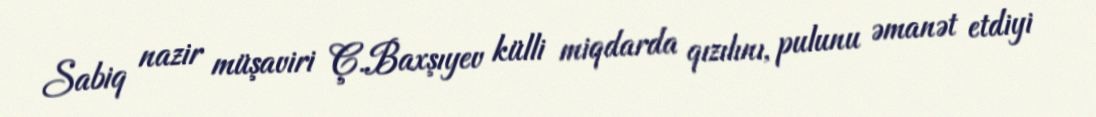
Sabiq nazir müşaviri Ç.Baxşıyev külli miqdarda qızılını, pulunu əmanət etdiyi